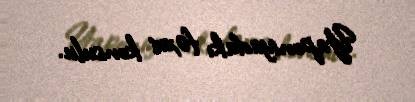
Yaponiyadakı fəxri konsulu.